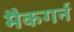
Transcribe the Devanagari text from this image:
मैकगर्न